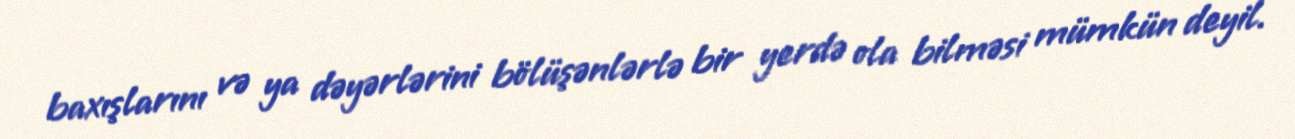
baxışlarını və ya dəyərlərini bölüşənlərlə bir yerdə ola bilməsi mümkün deyil.